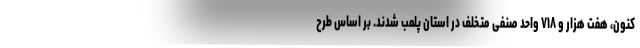
کنون، هفت هزار و ۷۱۸ واحد صنفی متخلف در استان پلمب شدند. بر اساس طرح